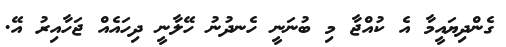
ގެންދިޔައީމާ އެ ކުއްޖާ މި ބުނަނީ ހެނދުނު ހޭލާނީ ދިހައެއް ޖަހާއިރު އޭ.